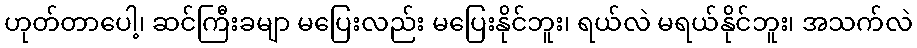
ဟုတ်တာပေါ့၊ ဆင်ကြီးခမျာ မပြေးလည်း မပြေးနိုင်ဘူး၊ ရယ်လဲ မရယ်နိုင်ဘူး၊ အသက်လဲ